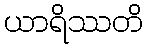
ယာရိဿတိ